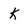
Character: k